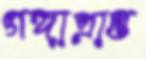
গঙ্গাপ্রাপ্ত